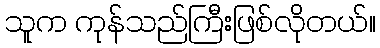
သူက ကုန်သည်ကြီးဖြစ်လိုတယ်။